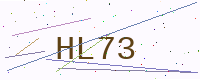
Text: HL73